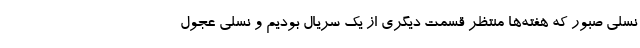
نسلی صبور که هفته‌ها منتظر قسمت دیگری از یک سریال بودیم و نسلی عجول